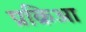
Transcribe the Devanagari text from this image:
प्रक्रिआ